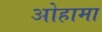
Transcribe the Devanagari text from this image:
ओहामा